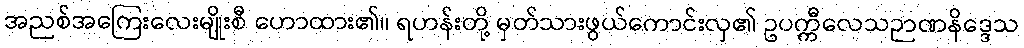
အညစ်အကြေးလေးမျိုးစီ ဟောထား၏။ ရဟန်းတို့ မှတ်သားဖွယ်ကောင်းလှ၏ ဥပက္ကီလေသဉာဏနိဒ္ဒေသ